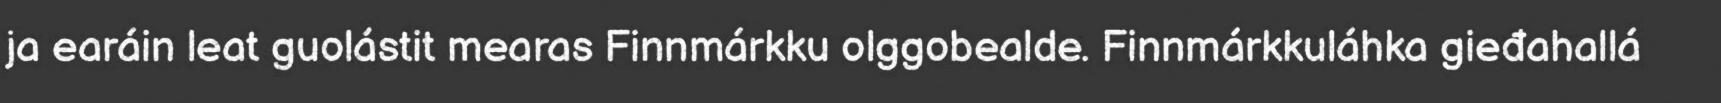
ja earáin leat guolástit mearas Finnmárkku olggobealde. Finnmárkkuláhka gieđahallá